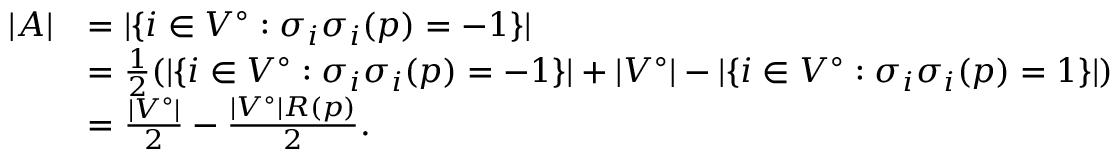
\begin{array} { r l } { | A | } & { = | \{ i \in V ^ { \circ } : \sigma _ { i } \sigma _ { i } ( p ) = - 1 \} | } \\ & { = \frac { 1 } { 2 } ( | \{ i \in V ^ { \circ } : \sigma _ { i } \sigma _ { i } ( p ) = - 1 \} | + | V ^ { \circ } | - | \{ i \in V ^ { \circ } : \sigma _ { i } \sigma _ { i } ( p ) = 1 \} | ) } \\ & { = \frac { | V ^ { \circ } | } { 2 } - \frac { | V ^ { \circ } | R ( p ) } { 2 } . } \end{array}